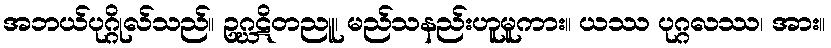
အဘယ်ပုဂ္ဂိုလ်သည်။ ဥဂ္ဃဋိတညူ၊ မည်သနည်းဟူမူကား။ ယဿ ပုဂ္ဂလဿ၊ အား။